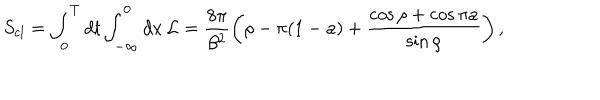
S _ { \mathrm { c l } } = \int _ { 0 } ^ { T } d t \int _ { - \infty } ^ { 0 } d x \, { \cal L } = \frac { 8 \pi } { \beta ^ { 2 } } \left( \rho - \pi ( 1 - a ) + \frac { \cos \rho + \cos \pi a } { \sin \rho } \right) ,